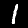
Digit: 1